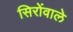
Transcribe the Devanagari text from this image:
सिरोंवाले